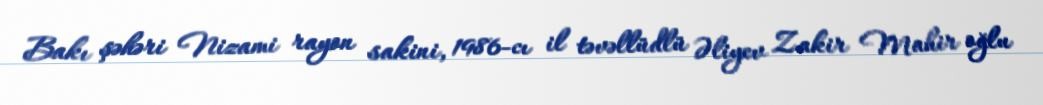
Bakı şəhəri Nizami rayon sakini, 1986-cı il təvəllüdlü Əliyev Zakir Mahir oğlu